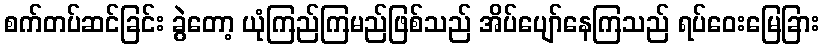
စက်တပ်ဆင်ခြင်း ခွဲတော့ ယုံကြည်ကြမည်ဖြစ်သည် အိပ်ပျော်နေကြသည် ရပ်ဝေးမြေခြား